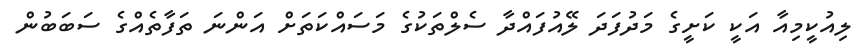
ލިއުކީމިއާ އަކީ ކަށީގެ މަދުފަދަ ލޭއުފައްދާ ސެލްތަކުގެ މަސައްކަތަށް އަންނަ ތަފާތެއްގެ ސަބަބުން